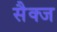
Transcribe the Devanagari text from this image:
सैक्ज